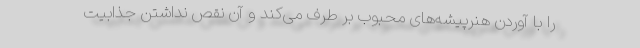
را با آوردن هنرپیشه‌های محبوب بر طرف می‌کند و آن نقص نداشتن جذابیت